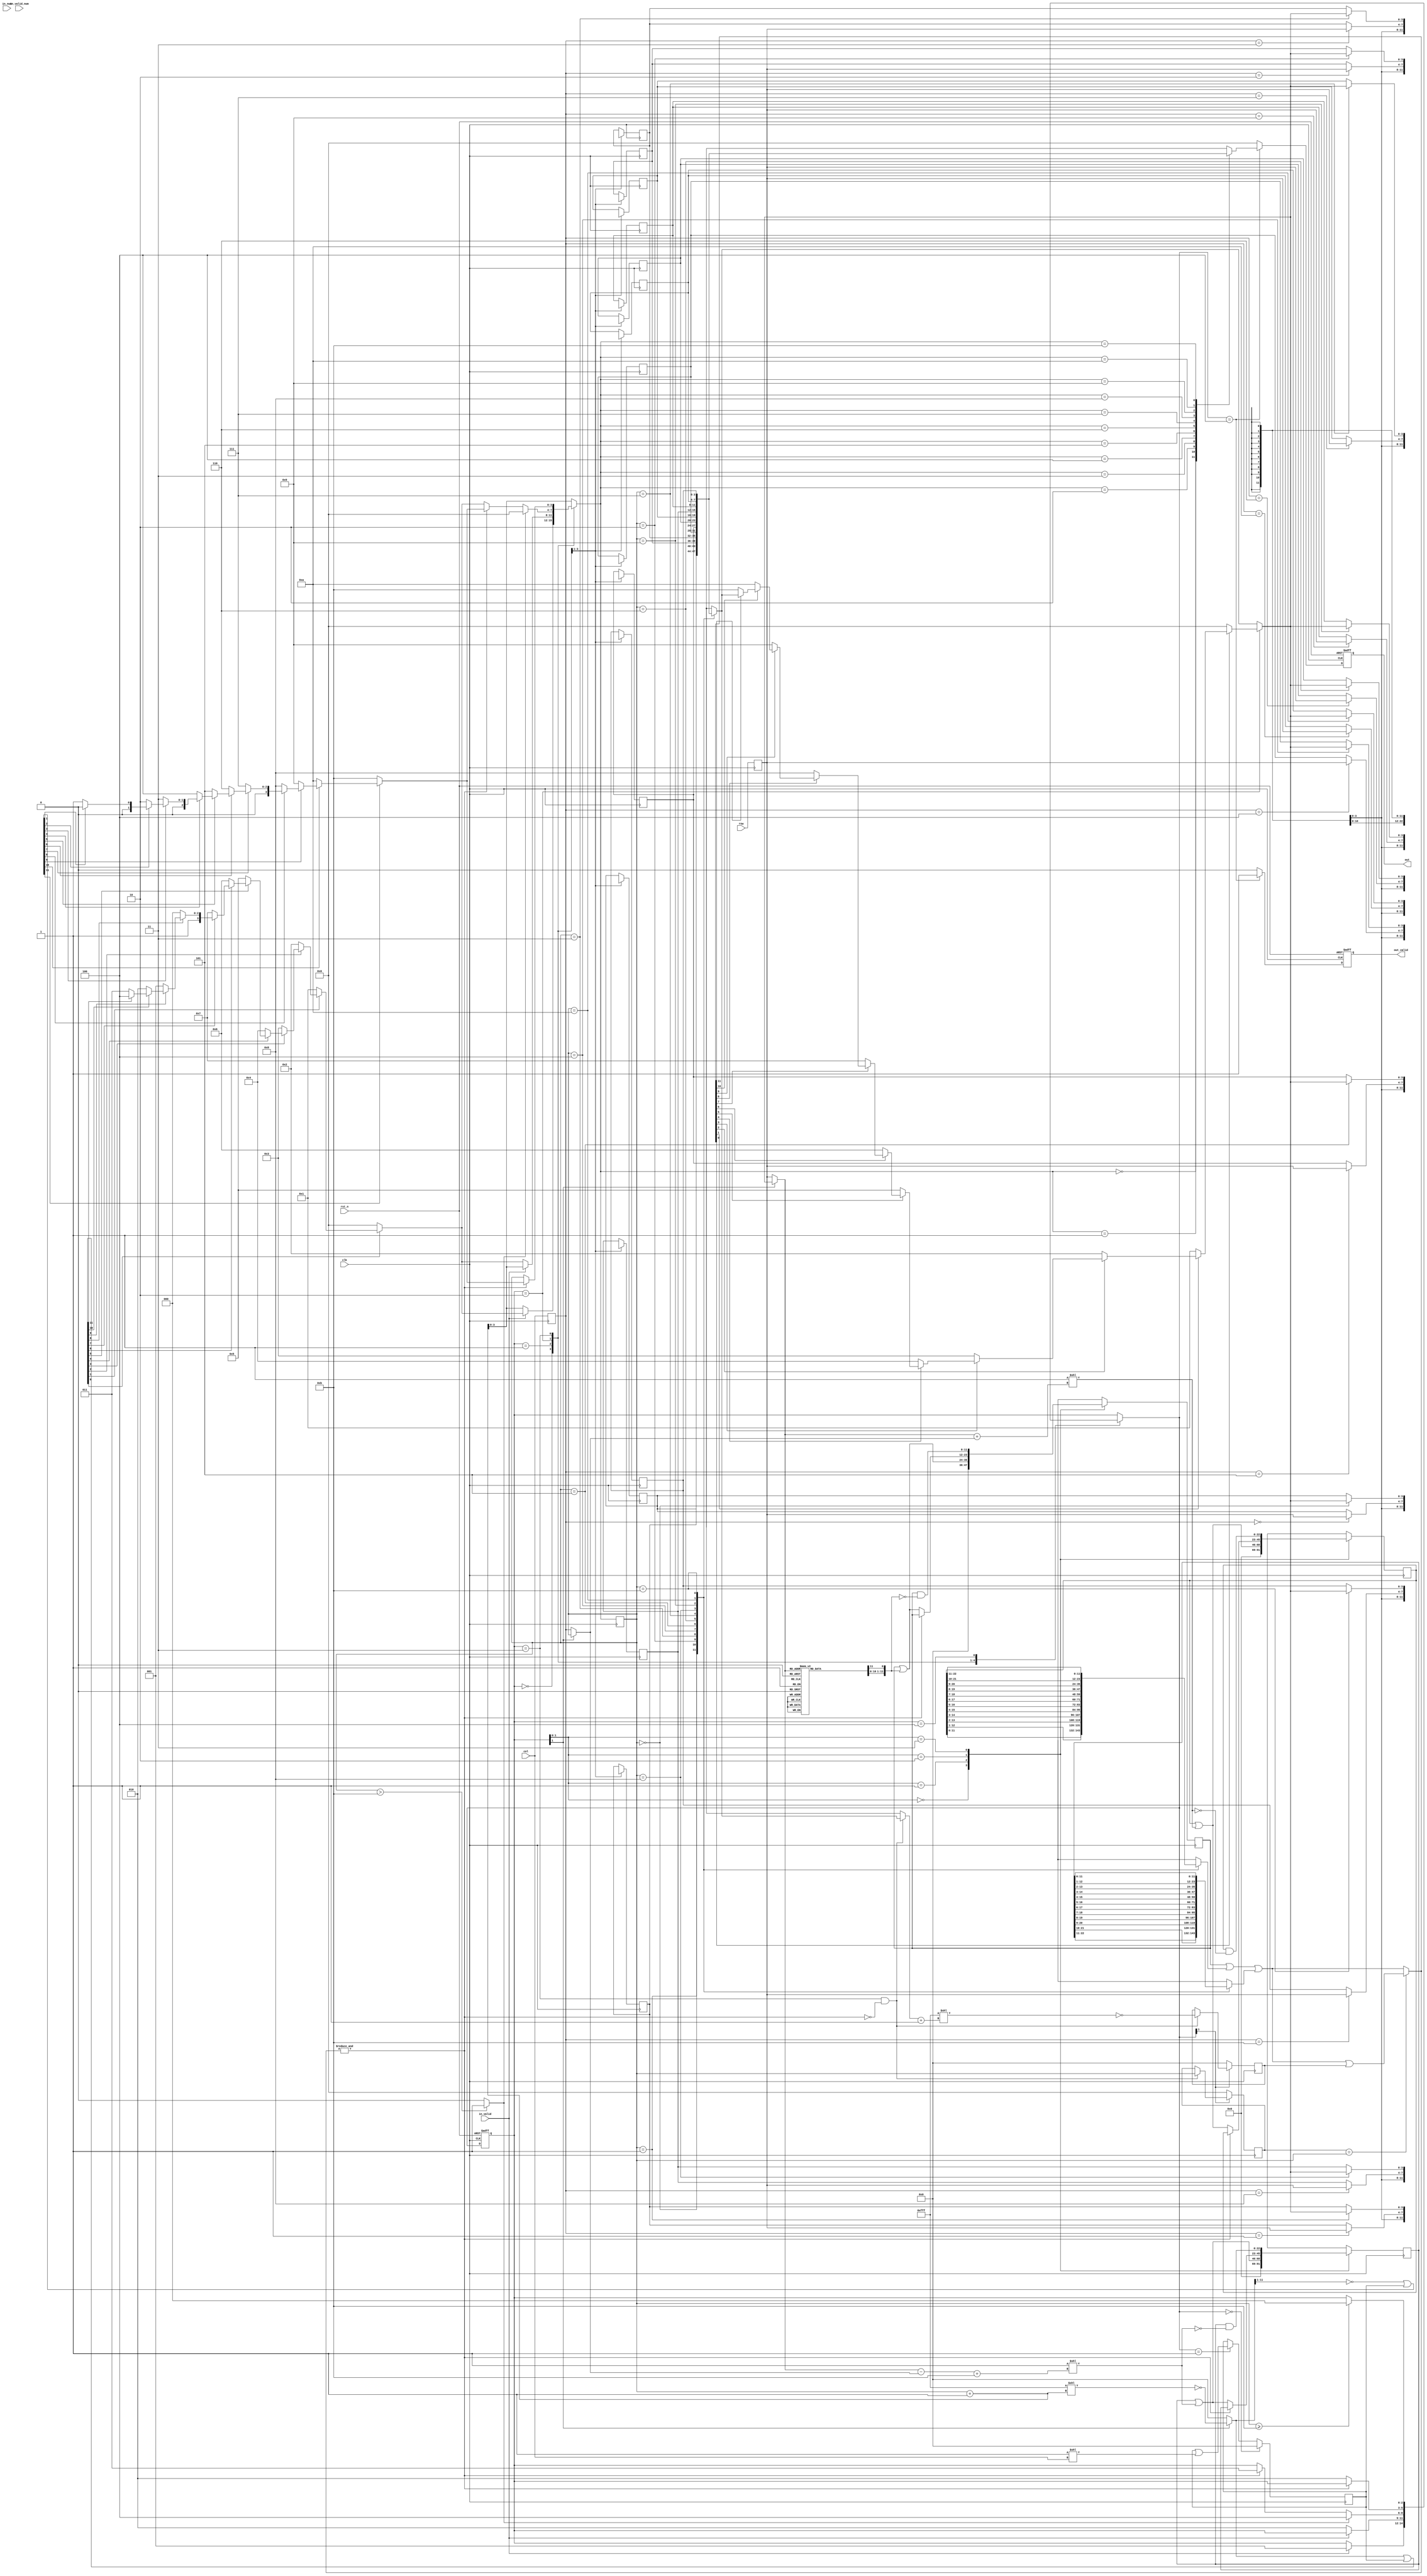
module QUEEN(
    //Input Port
    clk,
    rst_n,

    in_valid,
    col,
    row,

    in_valid_num,
    in_num,

    out_valid,
    out,

    );

input               clk, rst_n, in_valid,in_valid_num;
input       [3:0]   col,row;
input       [2:0]   in_num;

output reg          out_valid;
output reg  [3:0]   out;

//==============================================//
//             Parameter and Integer            //
//==============================================//
parameter IDLE  = 3'b000;
parameter IN    = 3'b001;
parameter PUSH  = 3'b010;
parameter POP   = 3'b011;	
parameter OUT   = 3'b100;

//==============================================//
//                 reg declaration              //
//==============================================//
reg [2:0]   current_state;
reg [3:0]   counter;
reg [3:0]   stack      [11:0];

reg [2:0]   next_state;
reg [3:0]   next_counter;
reg [3:0]   next_stack [11:0];

// input
reg [3:0]   in_col;
reg [3:0]   in_row;

// stack control signal
reg         pop;
reg         full;

// x
reg [3:0]   x_num;
reg [11:0]  x_filter;
reg [11:0]  x_postfix_or;
reg [11:0]  x_next;
reg [3:0]   x_next_num;
reg [11:0]  x_prev;
reg [3:0]   x_prev_num;
reg [3:0]   x_footprint;
reg [3:0]   next_x_footprint;
reg [4:0]   row_plus_col;
reg [4:0]   row_min_col;

// y
reg [11:0]  y;
reg [3:0]   y_num;
reg [11:0]  y_footprint;
reg [11:0]  y_filter;
reg [11:0]  x_plus_y_filter;
reg [11:0]  x_min_y_filter;
reg [22:0]  x_plus_y;
reg [22:0]  x_min_y;

reg [11:0]  next_y_footprint;
reg [11:0]  next_y_filter;
reg [22:0]  next_x_plus_y;
reg [22:0]  next_x_min_y;

//==============================================//
//            FSM State Declaration             //
//==============================================//
//current_state
always @(posedge clk, negedge rst_n) begin
    if(!rst_n)  current_state <= IDLE;
    else        current_state <= next_state;
end

//next_state
always @(*) begin
    next_state = current_state;
    case(current_state)
        IDLE:
            if(in_valid)        next_state = IN;
        IN:     
            if(!in_valid)       next_state = PUSH;
        PUSH:   
            if (full)           next_state = OUT;
            else if(pop)        next_state = POP;
        POP:    
            if(!pop)            next_state = PUSH;
        OUT: 
            if(counter >= 11)   next_state = IDLE;
    endcase
end

//==============================================//
//                  Input Block                 //
//==============================================//
always @(posedge clk) begin
    in_col <= col;
    in_row <= row;
end

always @(posedge clk) begin
    if(next_state == IDLE)       x_filter <= 0;
    else if(next_state == IN)    x_filter <= x_filter | (1 << col);
    else                         x_filter <= x_filter;
end

always @(posedge clk) begin
    y_filter <= next_y_filter;
    x_plus_y <= next_x_plus_y;
    x_min_y  <= next_x_min_y;
end

always @(posedge clk) begin
    if(~next_state[1]) begin // next_state == IDLE, IN, OUT
        y_footprint  <= 0;
        x_footprint  <= 0;
    end
    else begin
        y_footprint  <= next_y_footprint;
        x_footprint  <= next_x_footprint;
    end
end

reg [3:0]  sel_col, sel_row;
reg [11:0] sel_col_decoder;

always @(*) begin
    // IN: 2'b01, PUSH: 2'b10
    sel_row = (current_state[1]) ? y_num : in_row;
    sel_col = (current_state[1]) ? x_num : in_col;
    row_plus_col = sel_row + sel_col;
    row_min_col  = sel_row - sel_col + 11;
end

always @(*) begin
    // IN: 2'b01, PUSH: 2'b10
    sel_col_decoder = 12'b0;
    case(sel_row)
        0 : sel_col_decoder[0]  = 1;
        1 : sel_col_decoder[1]  = 1;
        2 : sel_col_decoder[2]  = 1;
        3 : sel_col_decoder[3]  = 1;
        4 : sel_col_decoder[4]  = 1;
        5 : sel_col_decoder[5]  = 1;
        6 : sel_col_decoder[6]  = 1;
        7 : sel_col_decoder[7]  = 1;
        8 : sel_col_decoder[8]  = 1;
        9 : sel_col_decoder[9]  = 1;
        10: sel_col_decoder[10] = 1;
        11: sel_col_decoder[11] = 1;
    endcase
end

always @(*) begin
    next_y_filter = y_filter;
    next_x_plus_y = x_plus_y;
    next_x_min_y  = x_min_y;
    case(current_state[1:0])
        IDLE: begin
            next_y_filter = 0;
            next_x_plus_y = 0;
            next_x_min_y  = 0;
        end
        IN: begin
            next_y_filter = y_filter | sel_col_decoder;
            next_x_plus_y = x_plus_y | (1 << row_plus_col);
            next_x_min_y  = x_min_y  | (1 << row_min_col);
        end
        PUSH: begin
            if (!pop) begin
                next_y_filter = y_filter | sel_col_decoder;
                next_x_plus_y = x_plus_y | (1 << row_plus_col);
                next_x_min_y  = x_min_y  | (1 << row_min_col);
            end
        end
        POP: begin
            next_y_filter = y_filter & ~sel_col_decoder;
            next_x_plus_y = x_plus_y & ~(1 << row_plus_col);
            next_x_min_y  = x_min_y  & ~(1 << row_min_col);
        end
    endcase
end

always @(*) begin
    next_x_footprint = x_footprint;
    next_y_footprint = y_footprint;
    
    if(current_state == POP && !pop) begin
        next_x_footprint = x_num;
        next_y_footprint = ~(12'hFFF << (stack[x_num]+1));
    end
end

always @(*) begin
    x_plus_y_filter = 12'dx;
    case(x_num)
        0 : x_plus_y_filter = x_plus_y[11:0];
        1 : x_plus_y_filter = x_plus_y[12:1];
        2 : x_plus_y_filter = x_plus_y[13:2];
        3 : x_plus_y_filter = x_plus_y[14:3];
        4 : x_plus_y_filter = x_plus_y[15:4];
        5 : x_plus_y_filter = x_plus_y[16:5];
        6 : x_plus_y_filter = x_plus_y[17:6];
        7 : x_plus_y_filter = x_plus_y[18:7];
        8 : x_plus_y_filter = x_plus_y[19:8];
        9 : x_plus_y_filter = x_plus_y[20:9];
        10: x_plus_y_filter = x_plus_y[21:10];
        11: x_plus_y_filter = x_plus_y[22:11];
    endcase
end
always @(*) begin
    x_min_y_filter = 12'dx;
    case(x_num)
        0 : x_min_y_filter = x_min_y[22:11];
        1 : x_min_y_filter = x_min_y[21:10];
        2 : x_min_y_filter = x_min_y[20:9];
        3 : x_min_y_filter = x_min_y[19:8];
        4 : x_min_y_filter = x_min_y[18:7];
        5 : x_min_y_filter = x_min_y[17:6];
        6 : x_min_y_filter = x_min_y[16:5];
        7 : x_min_y_filter = x_min_y[15:4];
        8 : x_min_y_filter = x_min_y[14:3];
        9 : x_min_y_filter = x_min_y[13:2];
        10: x_min_y_filter = x_min_y[12:1];
        11: x_min_y_filter = x_min_y[11:0];
    endcase
end

always @(*) begin 
    if(x_footprint == x_num)    y = y_filter | x_plus_y_filter | x_min_y_filter | y_footprint;
    else                        y = y_filter | x_plus_y_filter | x_min_y_filter;
    y_num = stack[x_num];
    if(current_state == PUSH) begin
        if     (y[0] == 0)    y_num = 0;
        else if(y[1] == 0)    y_num = 1;
        else if(y[2] == 0)    y_num = 2;
        else if(y[3] == 0)    y_num = 3;
        else if(y[4] == 0)    y_num = 4;
        else if(y[5] == 0)    y_num = 5;
        else if(y[6] == 0)    y_num = 6;
        else if(y[7] == 0)    y_num = 7;
        else if(y[8] == 0)    y_num = 8;
        else if(y[9] == 0)    y_num = 9;
        else if(y[10] == 0)   y_num = 10;
        else if(y[11] == 0)   y_num = 11;
    end
end

//==============================================//
//                  Output Block                //
//==============================================//
always @(posedge clk, negedge rst_n) begin
    if(!rst_n) begin
        out_valid <= 0;
        out <= 0;
    end
    else begin
        if (next_state == OUT) begin
            out_valid <= 1;
            out <= stack[next_counter];
        end
        else begin
            out_valid <= 0;
            out <= 0;
        end
    end
end

//==============================================//
//                     Stack                    //
//==============================================//
always @(*) begin
    full = (x_num > 11) ? 1 : 0;
    pop = &y;
end

always @(posedge clk) begin
    stack[0]  <= next_stack[0];
    stack[1]  <= next_stack[1];
    stack[2]  <= next_stack[2];
    stack[3]  <= next_stack[3];
    stack[4]  <= next_stack[4];
    stack[5]  <= next_stack[5];
    stack[6]  <= next_stack[6];
    stack[7]  <= next_stack[7];
    stack[8]  <= next_stack[8];
    stack[9]  <= next_stack[9];
    stack[10] <= next_stack[10];
    stack[11] <= next_stack[11];
end
always @(*) begin
    next_stack[0]  = stack[0];
    next_stack[1]  = stack[1];
    next_stack[2]  = stack[2];
    next_stack[3]  = stack[3];
    next_stack[4]  = stack[4];
    next_stack[5]  = stack[5];
    next_stack[6]  = stack[6];
    next_stack[7]  = stack[7];
    next_stack[8]  = stack[8];
    next_stack[9]  = stack[9];
    next_stack[10] = stack[10];
    next_stack[11] = stack[11];
    case(current_state)
        IDLE: begin
            next_stack[0]  = 4'bx;
            next_stack[1]  = 4'bx;
            next_stack[2]  = 4'bx;
            next_stack[3]  = 4'bx;
            next_stack[4]  = 4'bx;
            next_stack[5]  = 4'bx;
            next_stack[6]  = 4'bx;
            next_stack[7]  = 4'bx;
            next_stack[8]  = 4'bx;
            next_stack[9]  = 4'bx;
            next_stack[10] = 4'bx;
            next_stack[11] = 4'bx;
        end
        IN:         next_stack[in_col] = in_row;
        PUSH:       next_stack[x_num] = y_num;
    endcase
end

//==============================================//
//                    Counter                   //
//==============================================//
// counter
always @(posedge clk) begin
    counter <= next_counter;
end

always @(*) begin
    next_counter = counter + 1;
    case(current_state)
        IDLE:
            if(in_valid)    next_counter = x_next_num;
        IN:
            if(!in_valid)   next_counter = x_next_num;
        PUSH:
            if(full)        next_counter = 0;
            else if(pop)    next_counter = x_prev_num;
            else            next_counter = x_next_num;
        POP:    
            if(!pop)        next_counter = counter;
            else            next_counter = x_prev_num;
    endcase
end

always @(*) begin
    x_num = counter;
end

always @(*) begin
    if(~current_state[1])   x_postfix_or = 12'b000000000000;
    else                    x_postfix_or = ~(12'hFFF << (x_num+1));
end

always @(*) begin
    x_next = x_postfix_or | x_filter;
    x_prev = (~(x_postfix_or >> 1)) | x_filter;
    if     (x_next[0] == 0)    x_next_num = 0;
    else if(x_next[1] == 0)    x_next_num = 1;
    else if(x_next[2] == 0)    x_next_num = 2;
    else if(x_next[3] == 0)    x_next_num = 3;
    else if(x_next[4] == 0)    x_next_num = 4;
    else if(x_next[5] == 0)    x_next_num = 5;
    else if(x_next[6] == 0)    x_next_num = 6;
    else if(x_next[7] == 0)    x_next_num = 7;
    else if(x_next[8] == 0)    x_next_num = 8;
    else if(x_next[9] == 0)    x_next_num = 9;
    else if(x_next[10] == 0)   x_next_num = 10;
    else if(x_next[11] == 0)   x_next_num = 11;
    else                       x_next_num = 12;

    if     (x_prev[11] == 0)   x_prev_num = 11;
    else if(x_prev[10] == 0)   x_prev_num = 10;
    else if(x_prev[9] == 0)    x_prev_num = 9;
    else if(x_prev[8] == 0)    x_prev_num = 8;
    else if(x_prev[7] == 0)    x_prev_num = 7;
    else if(x_prev[6] == 0)    x_prev_num = 6;
    else if(x_prev[5] == 0)    x_prev_num = 5;
    else if(x_prev[4] == 0)    x_prev_num = 4;
    else if(x_prev[3] == 0)    x_prev_num = 3;
    else if(x_prev[2] == 0)    x_prev_num = 2;
    else if(x_prev[1] == 0)    x_prev_num = 1;
    else                       x_prev_num = 0;
end
endmodule